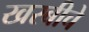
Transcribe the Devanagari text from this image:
खरबीचे